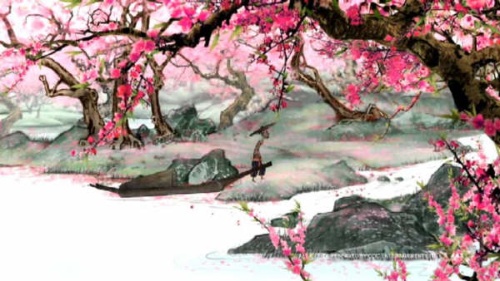
紫陌红尘拂面来，无人不道看花回。